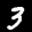
Label: 3